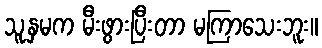
သူ့နှမက မီးဖွားပြီးတာ မကြာသေးဘူး။